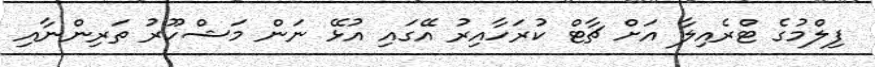
ފިލްމުގެ ޓްރެއިލާ އަށް ޗާޓް ކުރަހާއިރު އޭގައި އުޅޭ ނަން މަޝްހޫރު ތަރިންނާއި